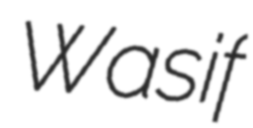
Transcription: Wasif